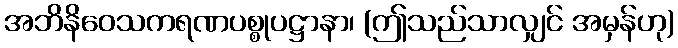
အဘိနိဝေသကရဏပစ္စုပဋ္ဌာနာ၊ (ဤသည်သာလျှင် အမှန်ဟု)